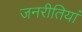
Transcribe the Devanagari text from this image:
जनरीतियां